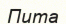
Пита